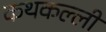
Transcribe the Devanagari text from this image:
कथकल्ली